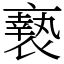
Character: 䙝